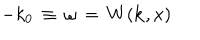
- k _ { 0 } { \, } \equiv { \, } \omega { \, } = { \, } W ( { \bf k } , x )